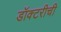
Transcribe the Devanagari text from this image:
डॉक्टरीची